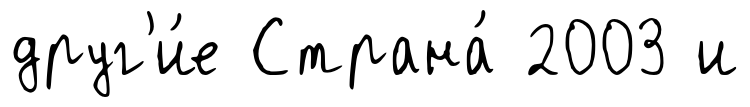
друг'и́е Страна́ 2003 и